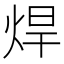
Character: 焊